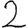
Digit: 2